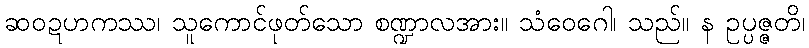
ဆဝဍဟကဿ၊ သူကောင်ဖုတ်သော စဏ္ဍာလအား။ သံဝေဂေါ၊ သည်။ န ဥပ္ပဇ္ဇတိ၊